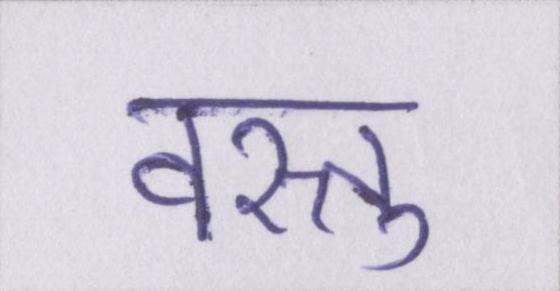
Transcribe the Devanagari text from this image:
वस्तु